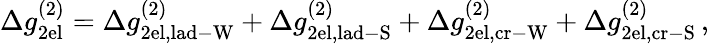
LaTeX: \Delta g_{\mathrm{2el}}^{(2)}=\Delta g_{\mathrm{2el,lad-W}}^{(2)}+\Delta g_{\mathrm{2el,lad-S}}^{(2)}+\Delta g_{\mathrm{2el,cr-W}}^{(2)}+\Delta g_{\mathrm{2el,cr-S}}^{(2)}\, ,